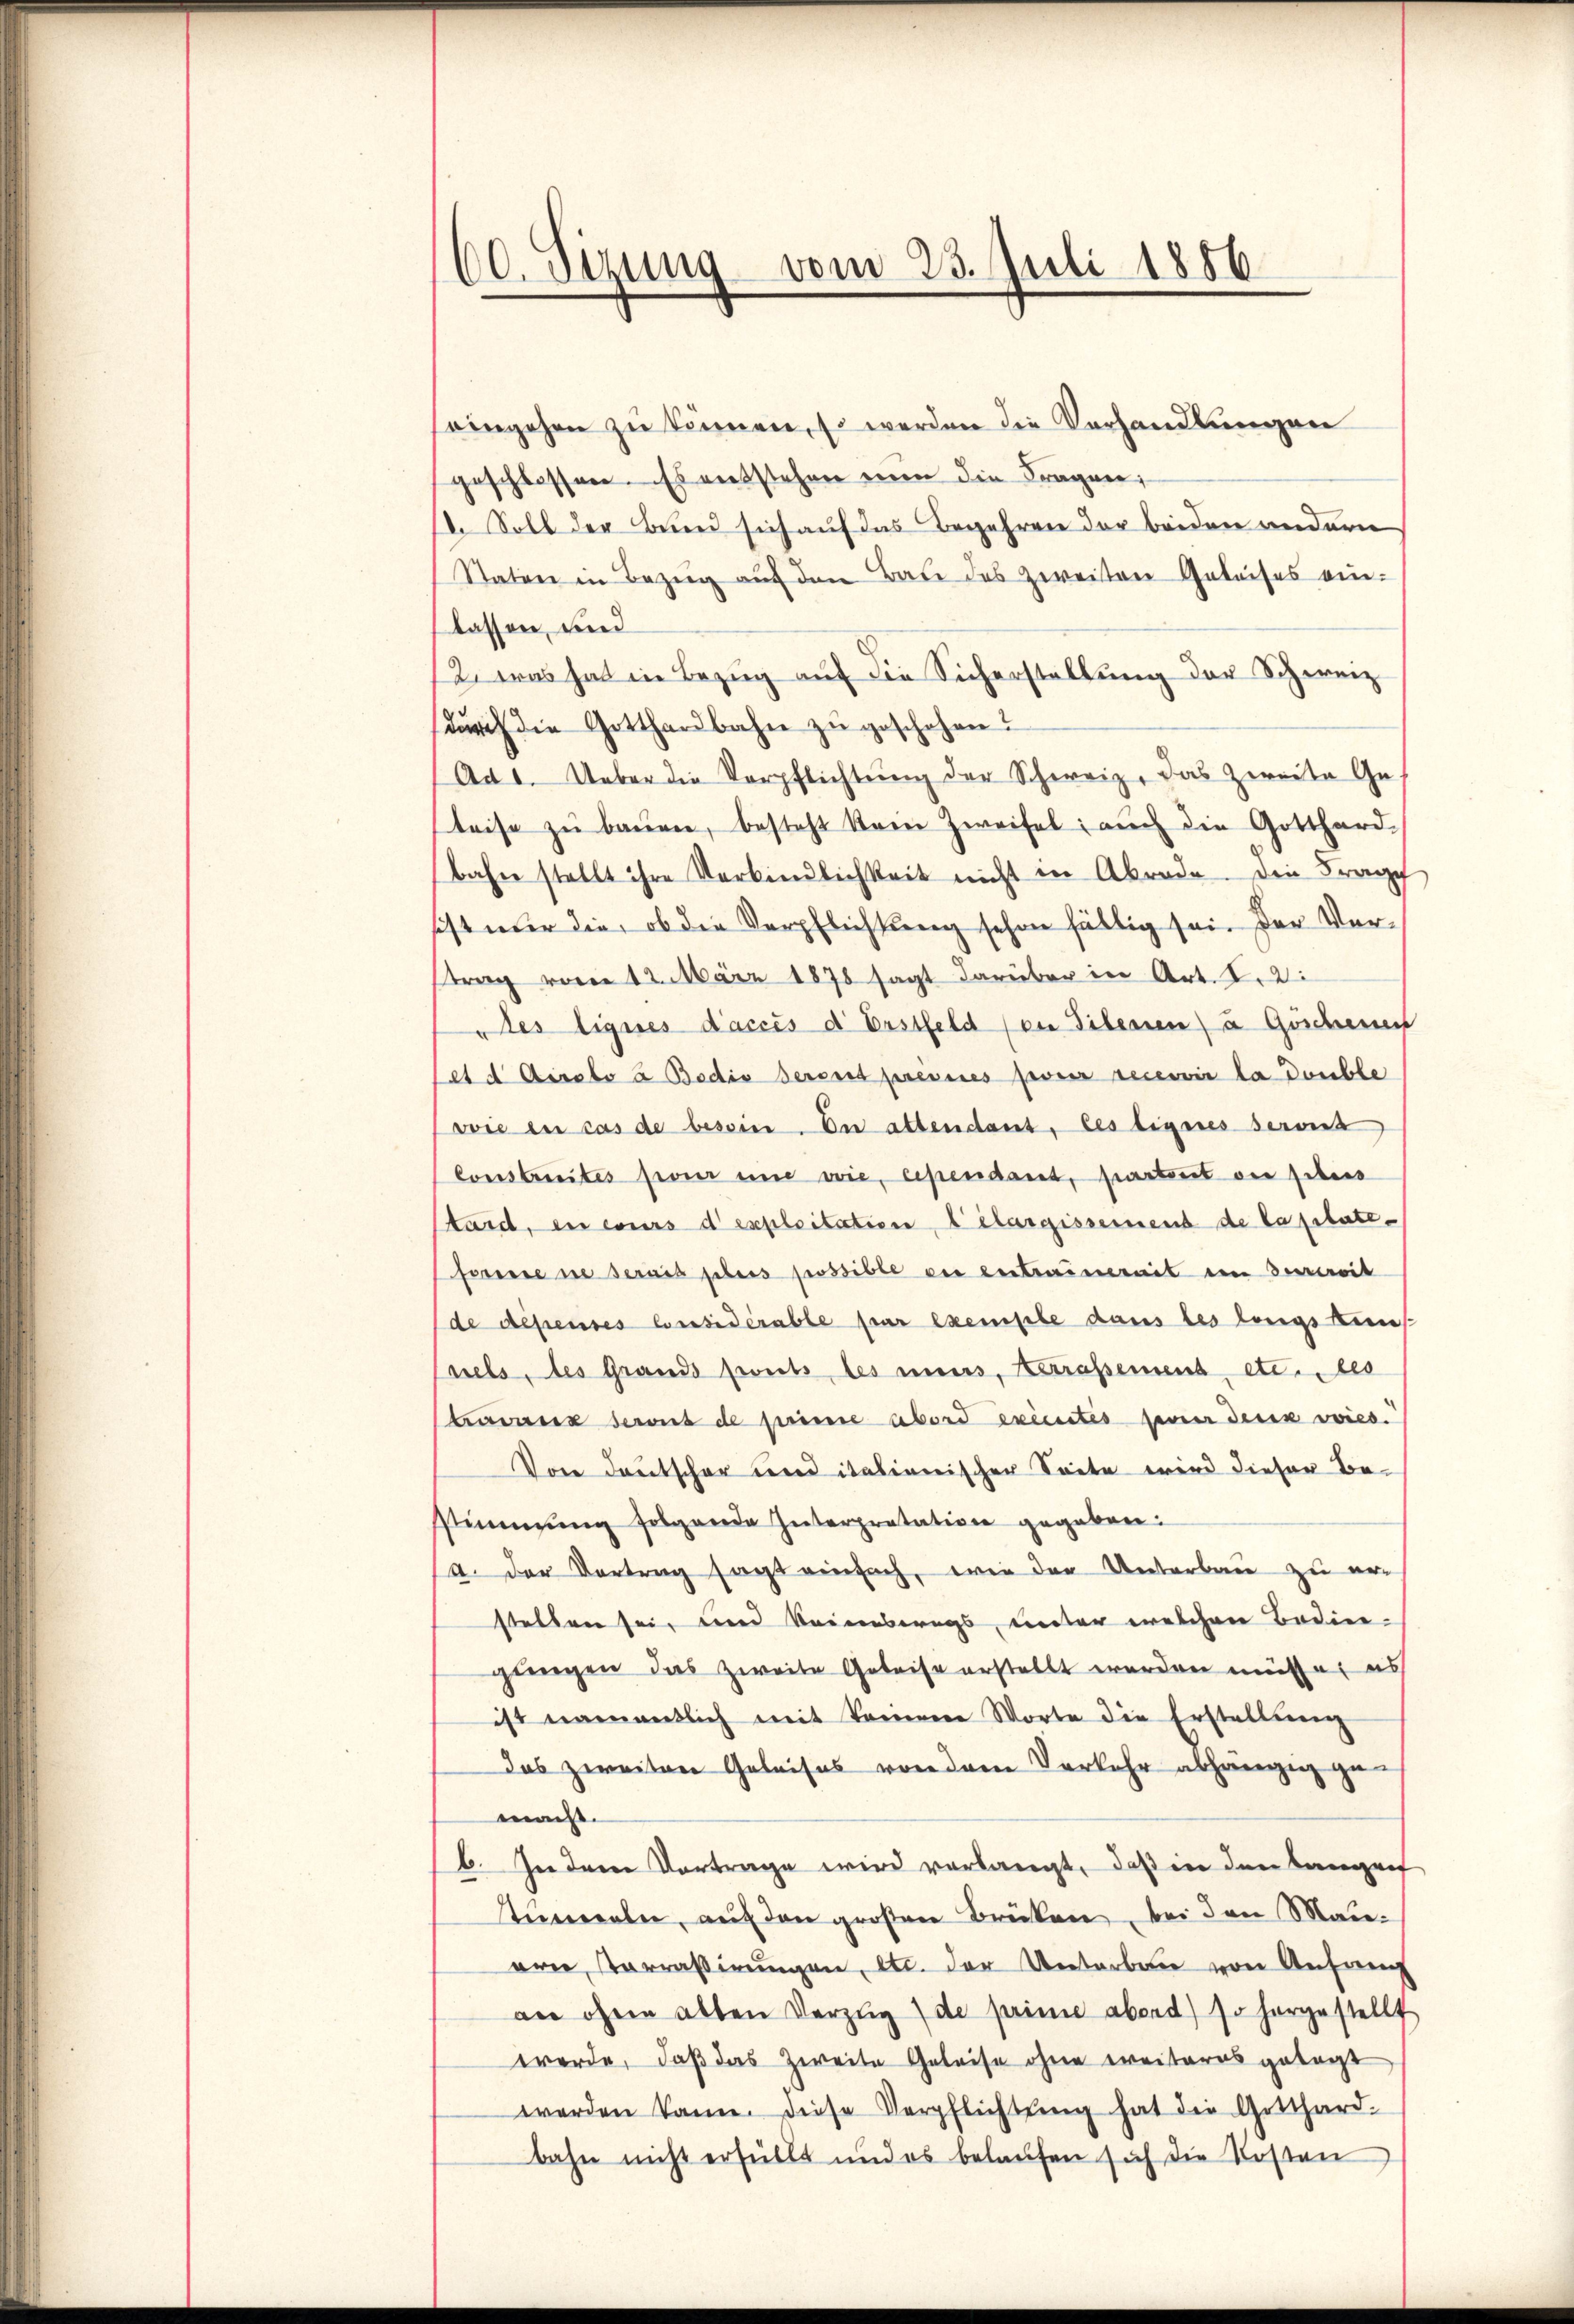
60. Sizung vom 23. Juli 1856

eingehen zu können, so werden die Verhandlungen
geschlossen. Es entstehen einen die Fragen;
18. Soll der Bund sich auf das Begehren der beiden anderne
Staten in Bezŭg aŭf den Bau des zweiten Geleises ein-
lassen, und
2. was hat in Bezŭg aŭf die Sicherstellŭng der Schweiz
dŭrch die Gotthardbahn zŭ geschehen?
Ad 1. Ueber die Verpflichtŭng der Schweiz, das Zweite Geleise zŭ baŭen, besteht kein Zweifel, auch die Gotthard-
bahn stellt ihre Verbindlichkeit nicht in Abrade. Die Frage
sist nur die, ob die Verpflichtung schon fällig sei. Der Verstrag vom 12. März 1878 sagt darüber in Art. I. 2.
des lignes d’accès d Erstfeld (in Filenen u Göschenen
set d Aiseto à Bedio derent presses jeweir recevoir la double
wie en cas de besein. In altendant, les ligeres servit
Constreites feier und vie, cependant, partout der siebens
taid, en cours d’exploitatien, 1 élargissement de Capitateforne ne serais jehers possible ou entraimereit in devereit
de depenses Considérable par exemple dans les langs Kuns
nels, des Grands zweits les mins, Kerrassement etc., bes
teung deres de prime abord excentes jener denn wies
Von Deutscher und italienischer Seite wird dieser Bestimmung folgende Interpretation gegeben:
19. der Vortrag sagt einfach, wie der Unterbau zu er-
stellen sei, und keineswegs, unter welchen Bedingungen das zweite Geleise erstellt werden müsse, es
ist namentlich mit komene Worte die Erstellŭng
das zweiten Geleises von dem Verkehr abhängig ge
macht.
b. In dem Vortrage wird vorlangt, daß in den Langen
stimmeln, auf den großen Brücken, bei den Maie-
ern Parrassirungen, etc. der Unterben von Anfang
an ohne alten Vorzŭg (de prime abend) so hergestellt
werde, daß das Zweite Geleise ohne weiteres getagt
werden kann. Diese Verpflichtŭng hat die Gotthard.
bahn nicht erfüllt und es belaŭfen sich die Kosten